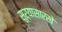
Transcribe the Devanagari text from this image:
सुर्यासारखे